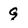
Character: G